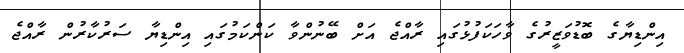
އިންޑިޔާގެ ބޮޑުވަޒީރުގެ ވާހަކަފުޅުގައި ރާއްޖެ އަށް ބޭނުންވާ ކަންކަމުގައި އިންޑިޔާ ސަރުކާރުން ރާއްޖެ